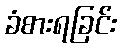
ခံစားရခြင်း